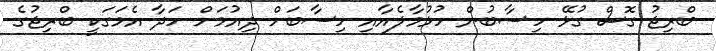
ބްރިޖު ގޮސް ގުޅޭ ހިސާބުން ހުޅުމާލެއާއި ހިސާބަށް ދިއުމަށް ހަދާ އެމަގަކީ ބްރިޖުގެ